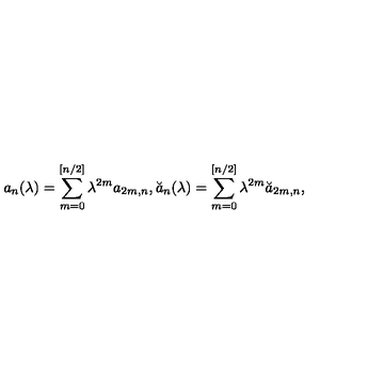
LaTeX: a _ { n } ( \lambda ) = \sum _ { m = 0 } ^ { [ n / 2 ] } \lambda ^ { 2 m } a _ { 2 m , n } , \breve { a } _ { n } ( \lambda ) = \sum _ { m = 0 } ^ { [ n / 2 ] } \lambda ^ { 2 m } \breve { a } _ { 2 m , n } ,